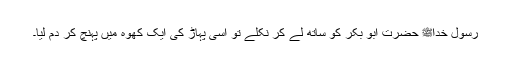
رسول خداﷺ حضرت ابو بکرؓ کو ساتھ لے کر نکلے تو اسی پہاڑ کی ایک کھوہ میں پہنچ کر دم لیا۔